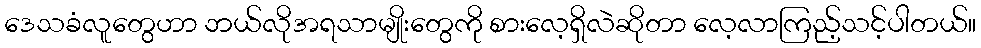
ဒေသခံလူတွေဟာ ဘယ်လိုအရသာမျိုးတွေကို စားလေ့ရှိလဲဆိုတာ လေ့လာကြည့်သင့်ပါတယ်။